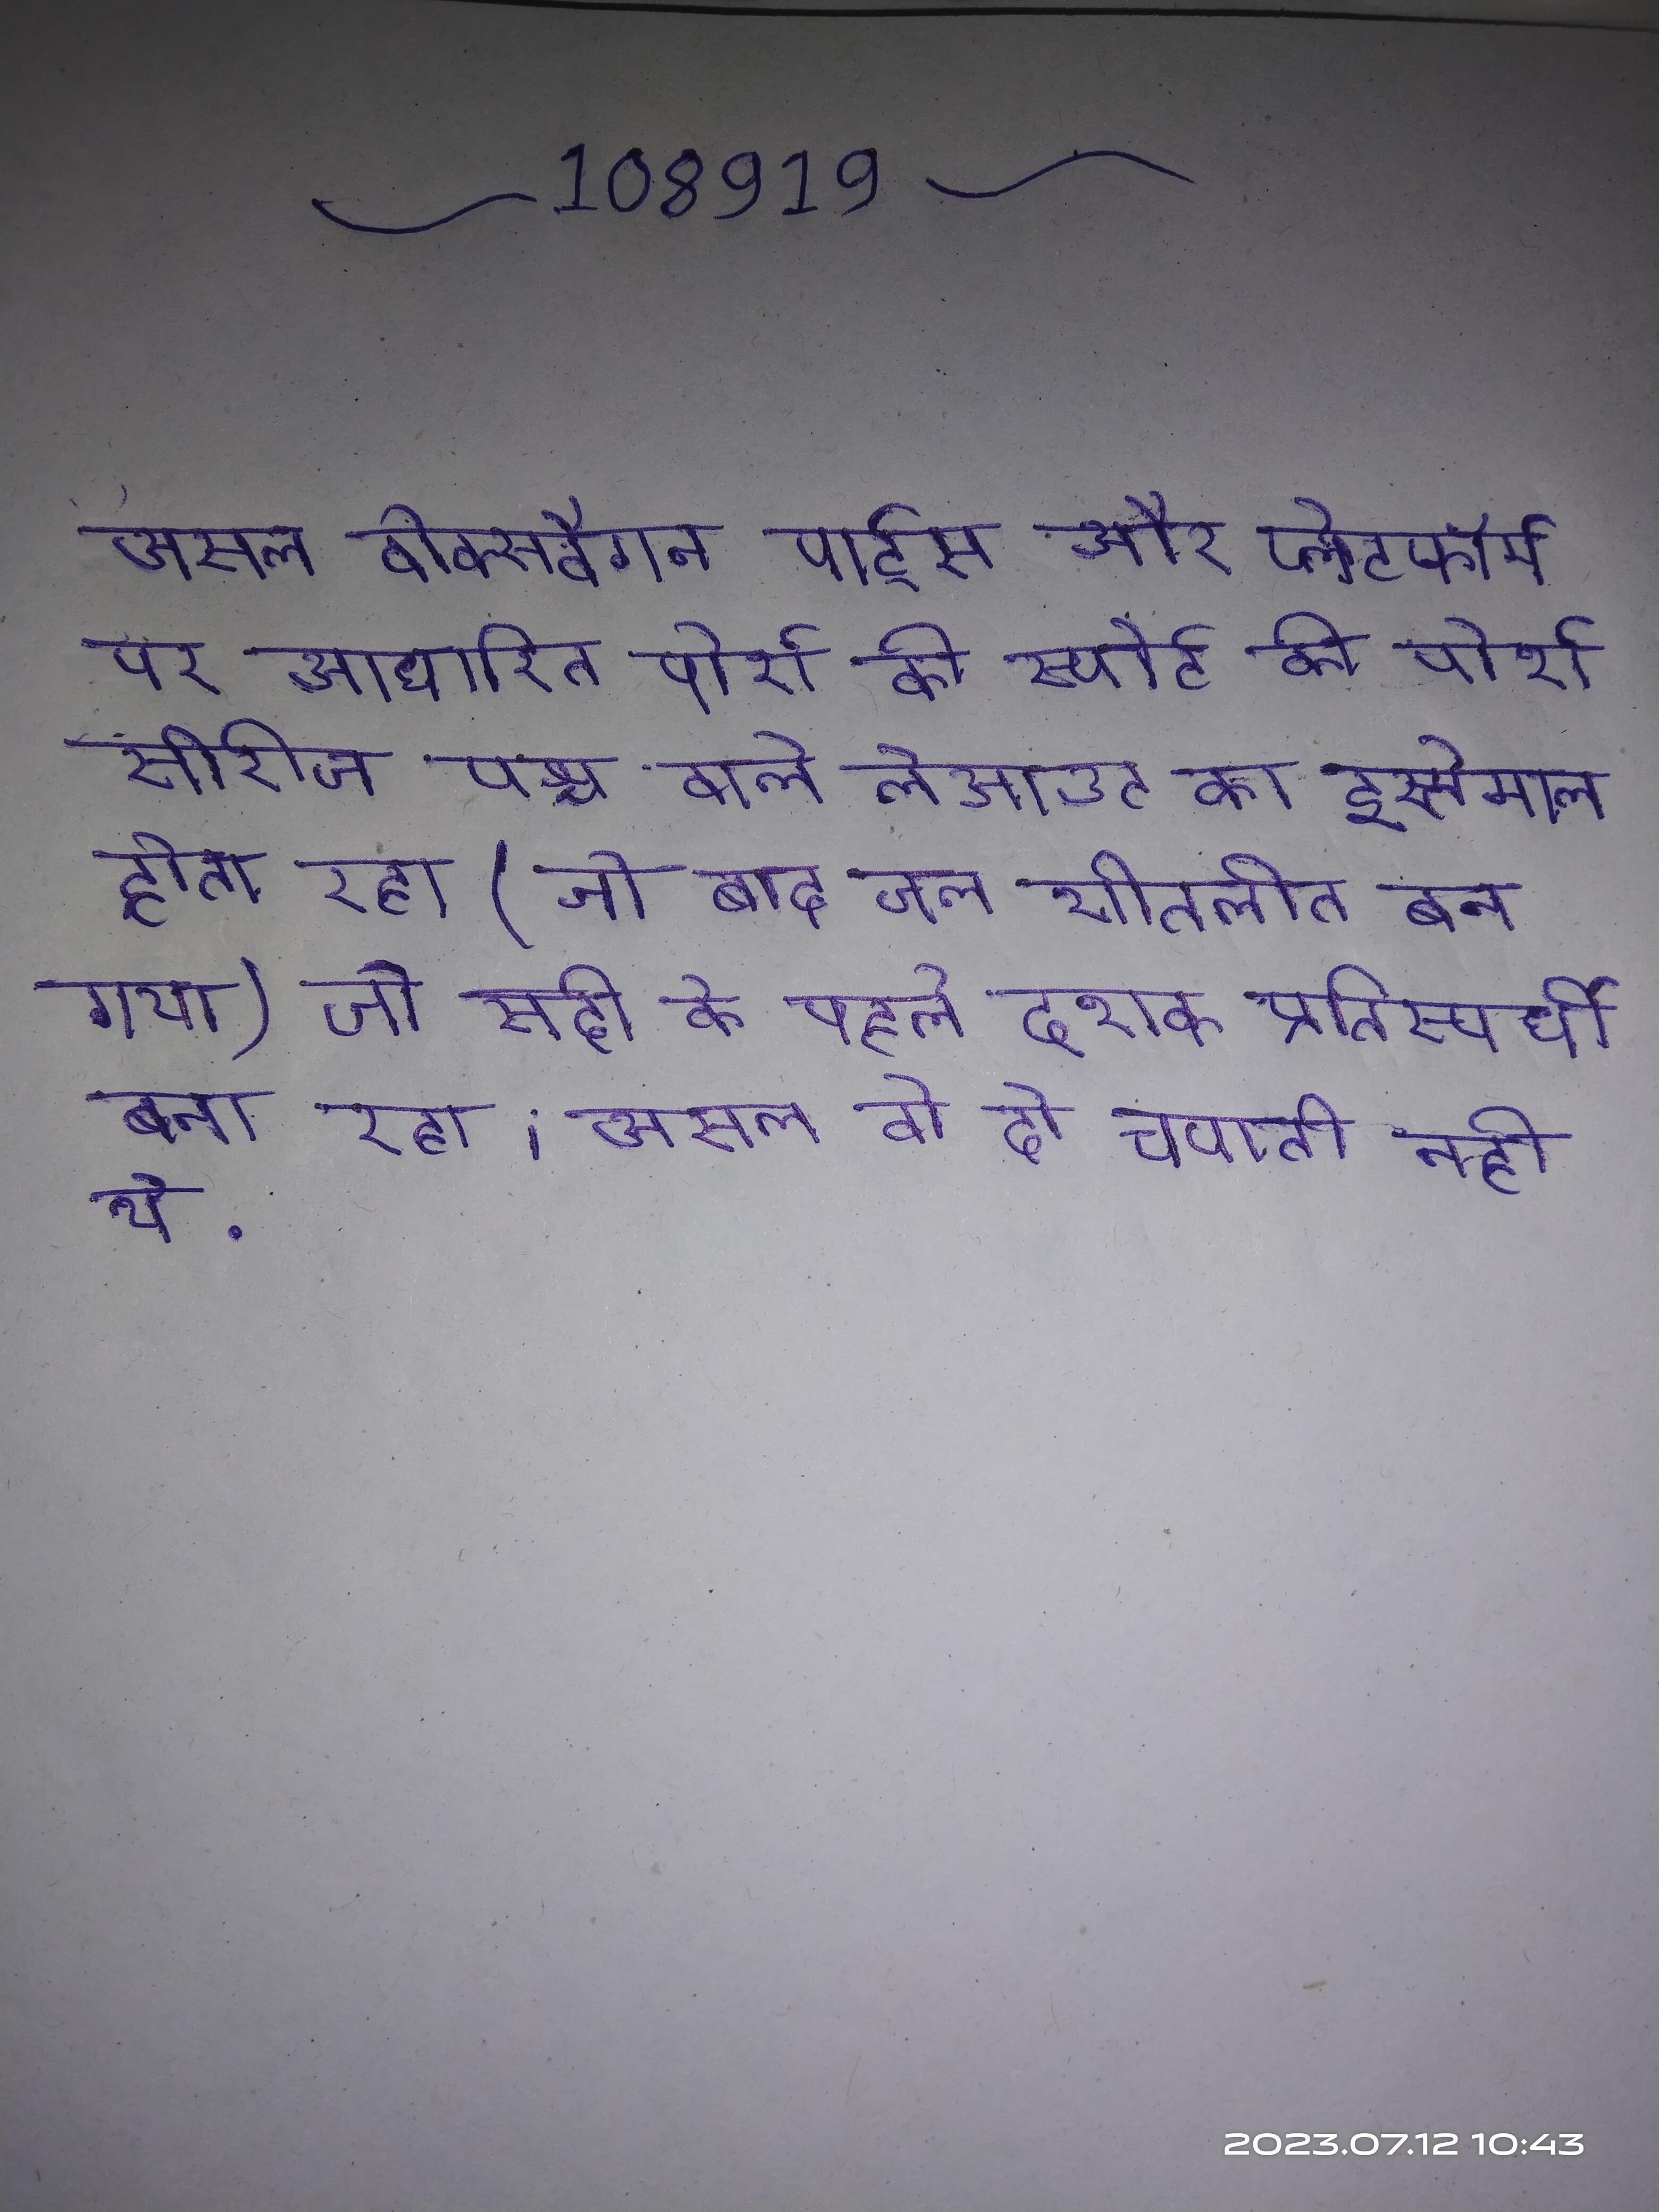
असल वोक्सवैगन पार्ट्स और प्लेटफॉर्म पर आधारित पोर्श की स्पोर्ट की पोर्श सीरीज पश्च वाले लेआउट का इस्तेमाल होता रहा (जो बाद जल शीतलीत बन गया) जो सदी के पहले दशक प्रतिस्पर्धी बना रहा । असल वो दो चपाती नही थे .